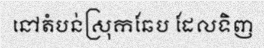
នៅតំបន់ស្រុកឆែប ដែលទិញ